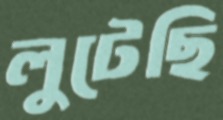
লুটেছি